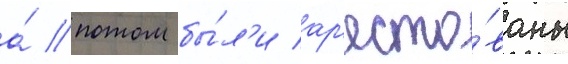
а́ потом бы́л'и ар'есто́ваны